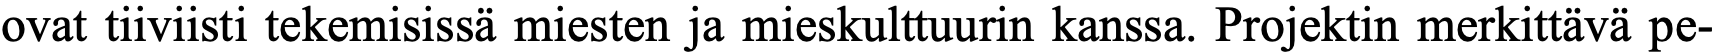
ovat tiiviisti tekemisissä miesten ja mieskulttuurin kanssa. Projektin merkittävä pe-